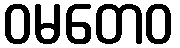
ဝမတေဝ